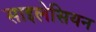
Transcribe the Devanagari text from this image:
साइलेसियन